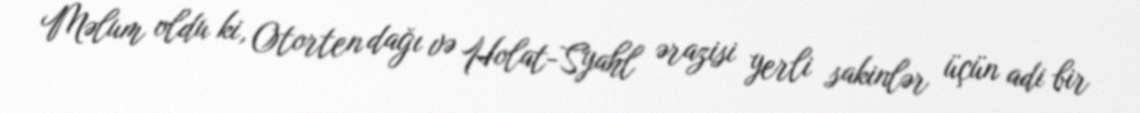
Məlum oldu ki, Otorten dağı və Holat-Syahl ərazisi yerli sakinlər üçün adi bir